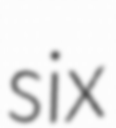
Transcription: six